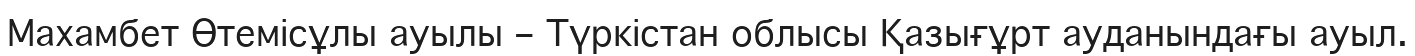
Махамбет Өтемісұлы ауылы – Түркістан облысы Қазығұрт ауданындағы ауыл.